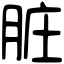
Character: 脏